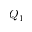
Q _ { 1 }